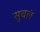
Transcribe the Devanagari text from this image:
सुचलं